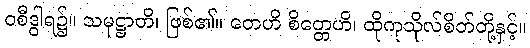
ဝစီဒွါရ၌။ သမုဋ္ဌာတိ၊ ဖြစ်၏။ တေဟိ စိတ္တေဟိ၊ ထိုကုသိုလ်စိတ်တို့နှင့်။